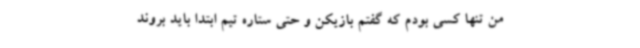
من تنها کسی بودم که گفتم بازیکن و حتی ستاره تیم ابتدا باید بروند